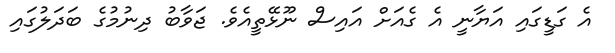
އެ ގަޑީގައި އަޔާނީ އެ ގެއަށް އައިސް ނޫޅޭތީއެވެ. ޖަވާބު ދިނުމުގެ ބަދަލުގައި